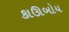
કાઊબોય